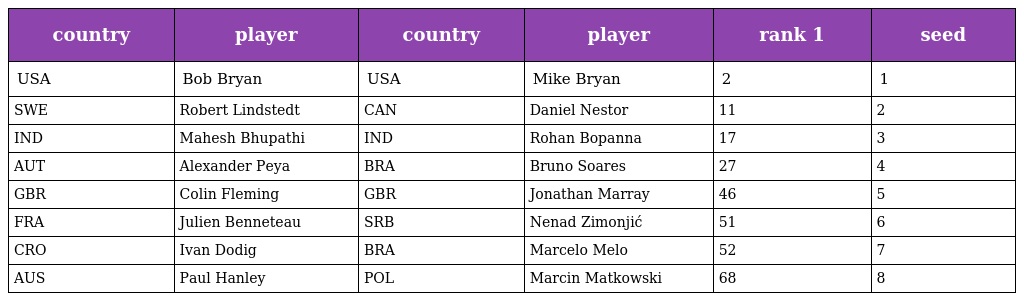
| country | player | country | player | rank 1 | seed |
 | --- | --- | --- | --- | --- | --- |
 | USA | Bob Bryan | USA | Mike Bryan | 2 | 1 |
 | SWE | Robert Lindstedt | CAN | Daniel Nestor | 11 | 2 |
 | IND | Mahesh Bhupathi | IND | Rohan Bopanna | 17 | 3 |
 | AUT | Alexander Peya | BRA | Bruno Soares | 27 | 4 |
 | GBR | Colin Fleming | GBR | Jonathan Marray | 46 | 5 |
 | FRA | Julien Benneteau | SRB | Nenad Zimonjić | 51 | 6 |
 | CRO | Ivan Dodig | BRA | Marcelo Melo | 52 | 7 |
 | AUS | Paul Hanley | POL | Marcin Matkowski | 68 | 8 |